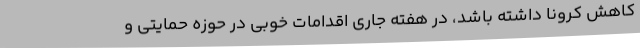
کاهش کرونا داشته باشد، در هفته جاری اقدامات خوبی در حوزه حمایتی و